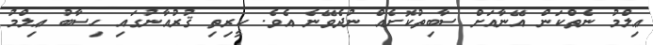
ޢިލްމު ނެތްކަން އޭނާއަށް ސާބިތުކޮށެއް ނުދެވޭނެ އެވެ. ކީރިތި ޤުރުއާނުގައި ހިސާބު ޢިލްމު